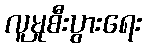
လူမှုစီးပွားရေး